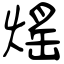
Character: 熎